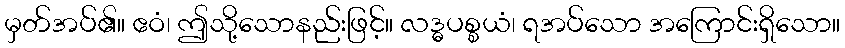
မှတ်အပ်၏။ ဧဝံ၊ ဤသို့သောနည်းဖြင့်။ လဒ္ဓပစ္စယံ၊ ရအပ်သော အကြောင်းရှိသော။